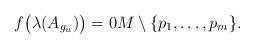
LaTeX: \begin{align*}f\big(\lambda(A_{g_u})\big) = 0 M \setminus \{p_1, \ldots, p_m\}.\end{align*}